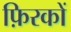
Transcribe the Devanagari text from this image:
फ़िरकों